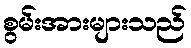
စွမ်းအားများသည်